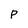
Character: P